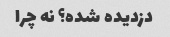
دزدیده شده؟ نه چرا